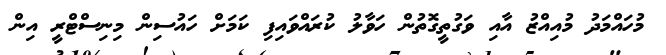
މުހައްމަދު މުއިއްޒު އާއި ވަގުތީގޮތުން ހަވާލު ކުރައްވައިފި ކަމަށް ހައުސިން މިނިސްޓްރީ އިން